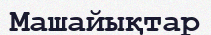
Машайықтар